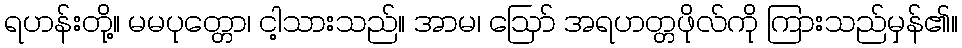
ရဟန်းတို့။ မမပုတ္တော၊ ငါ့သားသည်။ အာမ၊ ဩော် အရဟတ္တဖိုလ်ကို ကြားသည်မှန်၏။